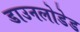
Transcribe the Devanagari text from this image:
डाउनलोडेड